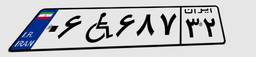
۶۹W۸۸۵۱۴